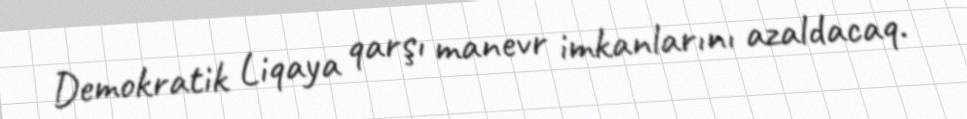
Demokratik Liqaya qarşı manevr imkanlarını azaldacaq.